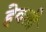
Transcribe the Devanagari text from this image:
हेवली